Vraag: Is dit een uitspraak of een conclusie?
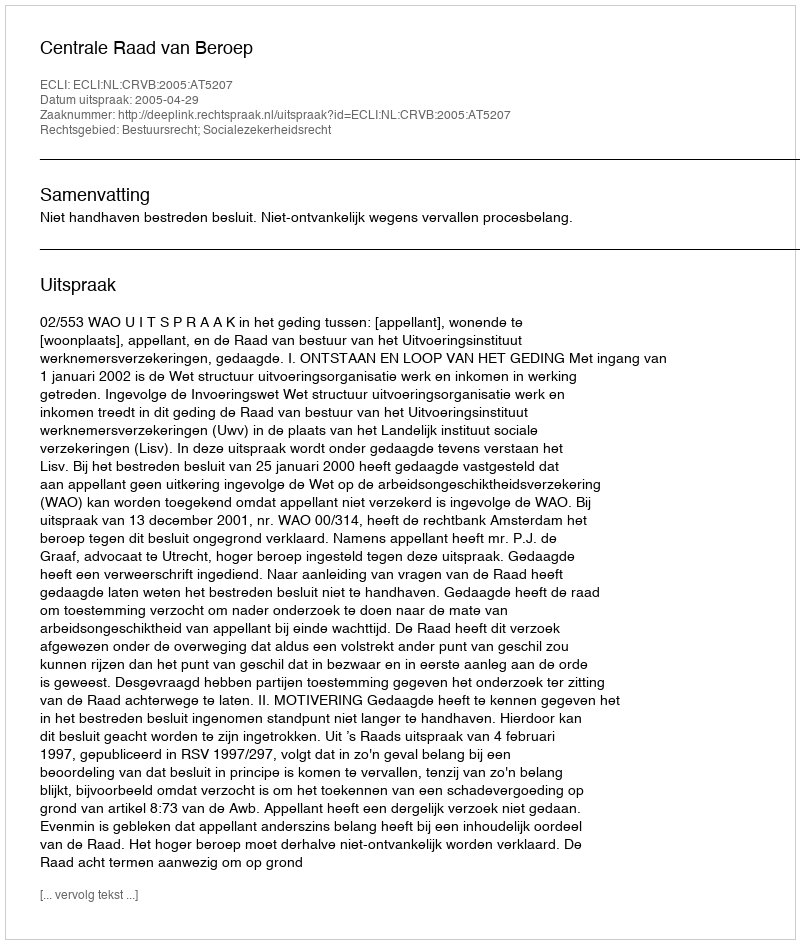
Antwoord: Uitspraak